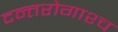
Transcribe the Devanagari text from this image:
दन्तरोगाश्च